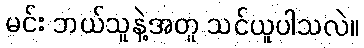
မင်း ဘယ်သူနဲ့အတူ သင်ယူပါသလဲ။